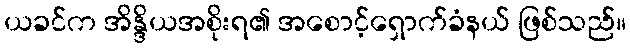
ယခင်က အိန္ဒိယအစိုးရ၏ အစောင့်ရှောက်ခံနယ် ဖြစ်သည်။